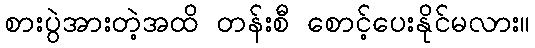
စားပွဲအားတဲ့အထိ တန်းစီ စောင့်ပေးနိုင်မလား။